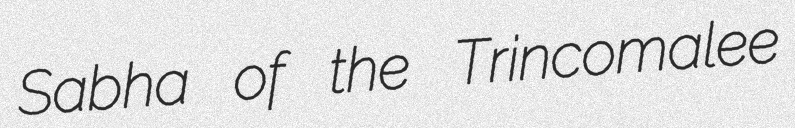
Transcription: Sabha of the Trincomalee